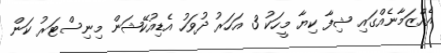
އެއްޒަމާނެއްގައި ޝިފާ ކިޔާ މީހަކު 3 އަހަރު ދުވަހު އެޑިއުކޭޝަން މިނިސްޓަރު ކަން